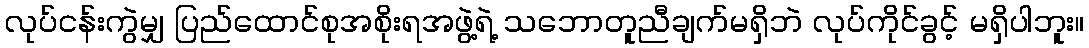
လုပ်ငန်းကွဲမျှ ပြည်ထောင်စုအစိုးရအဖွဲ့ရဲ့ သဘောတူညီချက်မရှိဘဲ လုပ်ကိုင်ခွင့် မရှိပါဘူး။